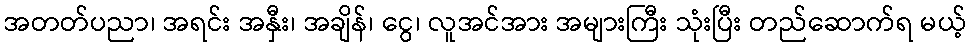
အတတ်ပညာ၊ အရင်း အနှီး၊ အချိန်၊ ငွေ၊ လူအင်အား အများကြီး သုံးပြီး တည်ဆောက်ရ မယ့်